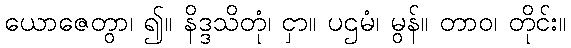
ယောဇေတွာ၊ ၍။ နိဒ္ဒသိတုံ၊ ငှာ။ ပဌမံ၊ မွန်။ တာဝ၊ တိုင်း။